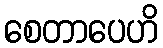
စေတာပေဟိ